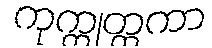
ကုက္ကုတ္ထကာ